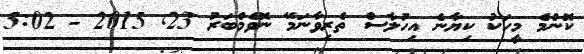
ކޮންމެ މީހަކު ކިޔާނެ އިހުލާސް ތެރިވާނަމޭ ނޮވެމްބަރު 23